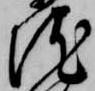
院